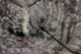
التفت